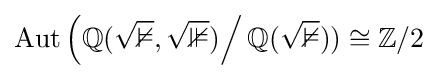
\mathrm {Aut} \left(\mathbb {Q({\sqrt {2}},{\sqrt {3}})} \right/\mathbb {Q({\sqrt {2}})} )\cong \mathbb {Z} /2